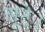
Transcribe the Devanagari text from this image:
लूटे।